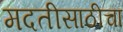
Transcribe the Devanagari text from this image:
मदतीसाठीचा